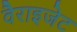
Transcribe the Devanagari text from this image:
वैराइजेट